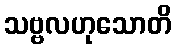
သဗ္ဗလဟုသောတိ